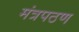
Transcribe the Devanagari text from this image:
मंत्रपठण